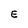
Character: E